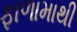
ફાળામાથી